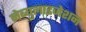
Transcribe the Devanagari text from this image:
नेब्युलाइजेशन